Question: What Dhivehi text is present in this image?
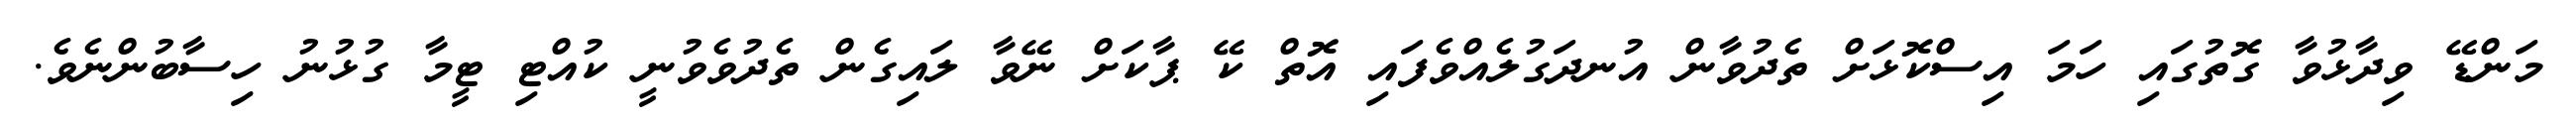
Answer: މަންޑޭ ވިދާޅުވާ ގޮތުގައި ހަމަ އިސްކޮޅަށް ތެދުވާން އުނދަގުލެއްވެފައި އޮތް ކޭ ޕާކަށް ނޭވާ ލައިގެން ތެދުވެވުނީ ކުއްޓި ޓީމާ ގުޅުނު ހިސާބުންނެވެ.